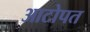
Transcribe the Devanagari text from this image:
आटोपत